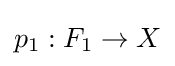
p_{1}:F_{1}\to X